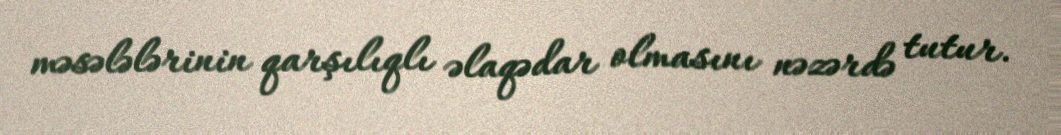
məsələlərinin qarşılıqlı əlaqədar olmasını nəzərdə tutur.